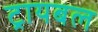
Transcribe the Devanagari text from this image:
ट्रायबल